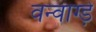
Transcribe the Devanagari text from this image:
वन्वाग्ड़े